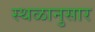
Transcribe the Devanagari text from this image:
स्थळानुसार